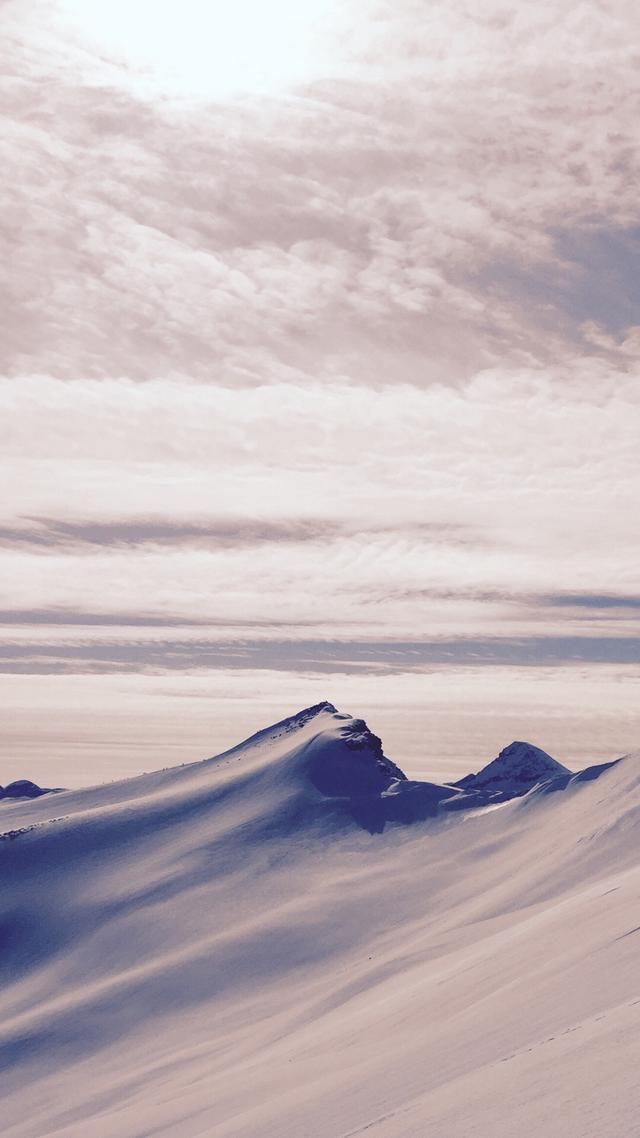
增冰峨峨，飞雪千里些。